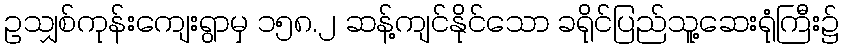
ဥသျှစ်ကုန်းကျေးရွာမှ ၁၅၈.၂ ဆန့်ကျင်နိုင်သော ခရိုင်ပြည်သူ့ဆေးရုံကြီး၌